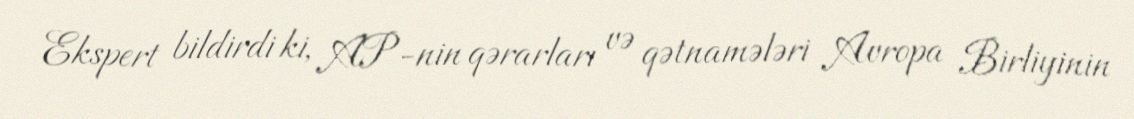
Ekspert bildirdi ki, AP-nin qərarları və qətnamələri Avropa Birliyinin